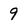
Character: 9